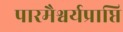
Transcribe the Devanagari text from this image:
पारमैश्वर्यप्राप्ति